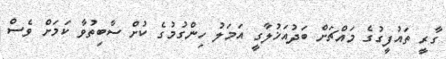
ގާރީ ތައުފީގުގެ މައްޗަށް ބަދުއަޚުލާގީ އަމަލު ހިންގުމުގެ ކުށް ސާބިތުވާ ކަމަށް ވެސް